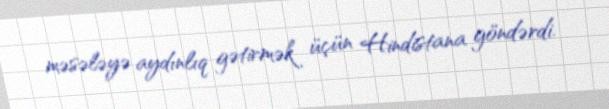
məsələyə aydınlıq gətirmək üçün Hindistana göndərdi.